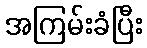
အကြမ်းခံပြီး